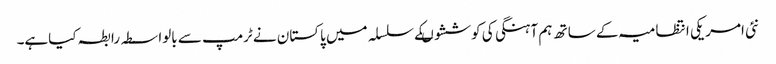
نئی امریکی انتظامیہ کے ساتھ ہم آہنگی کی کوششوںکے سلسلہ میں پاکستان نے ٹرمپ سے بالواسطہ رابطہ کیاہے۔